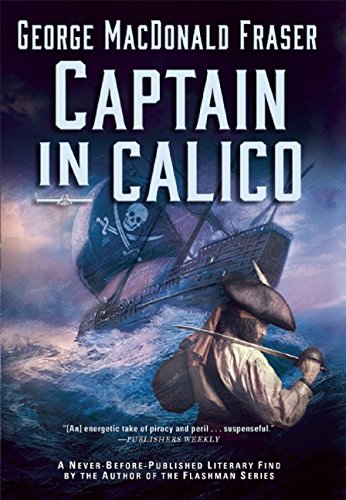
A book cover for Captain in Calico; George Macdonald Fraser; Mystery, Thriller & Suspense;